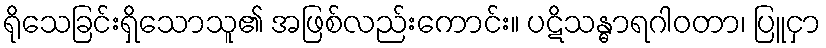
ရိုသေခြင်းရှိသောသူ၏ အဖြစ်လည်းကောင်း။ ပဋိသန္ဓာရဂါဝတာ၊ ပြူငှာ